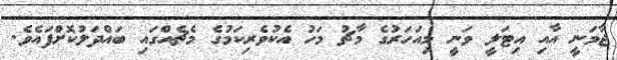
ޖާމަނީ އާއި އިޓަލީ ވަނީ މިއަހަރުގެ މާޗު މަހު އެކުވެރިކަމުގެ މެޗެއްގައި ބައްދަލުކޮށްފައެވެ.